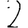
Digit: 2